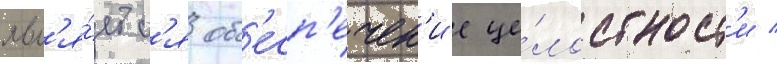
явл'я́етс'я об'есп'ечен'ие це́лостност'и /